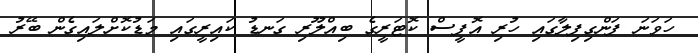
ހަވަނަ ފަންގިފިލާގައި ހުރި އޮފީސް ކޮޓަރީގެ ބިއްލޫރި ގަނޑު ކައިރީގައި މަޑުކޮށްލައިގެން ބޭރު